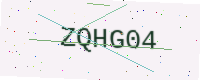
Text: ZQHG04